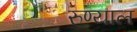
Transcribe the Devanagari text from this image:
रुण्याल